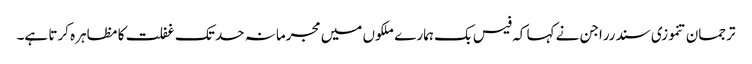
ترجمان تنموزی سندرراجن نے کہا کہ فیس بک ہمارے ملکوں میں مجرمانہ حد تک غفلت کا مظاہرہ کرتا ہے۔